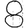
Digit: 8